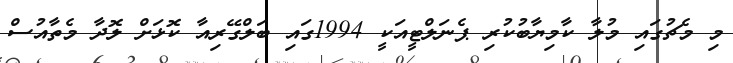
މި މެޗުގައި މުލާ ކާމިޔާބުކުރި ޕެނަލްޓީއަކީ 1994ގައި ބަލްގޭރިއާ ކޮޅަށް ލޮދާ މެތާއުސް